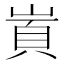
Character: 𡺋